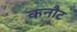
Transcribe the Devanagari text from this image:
कनौट